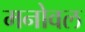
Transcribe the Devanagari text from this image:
मनोवल